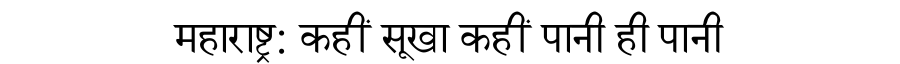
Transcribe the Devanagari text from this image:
महाराष्ट्र: कहीं सूखा कहीं पानी ही पानी